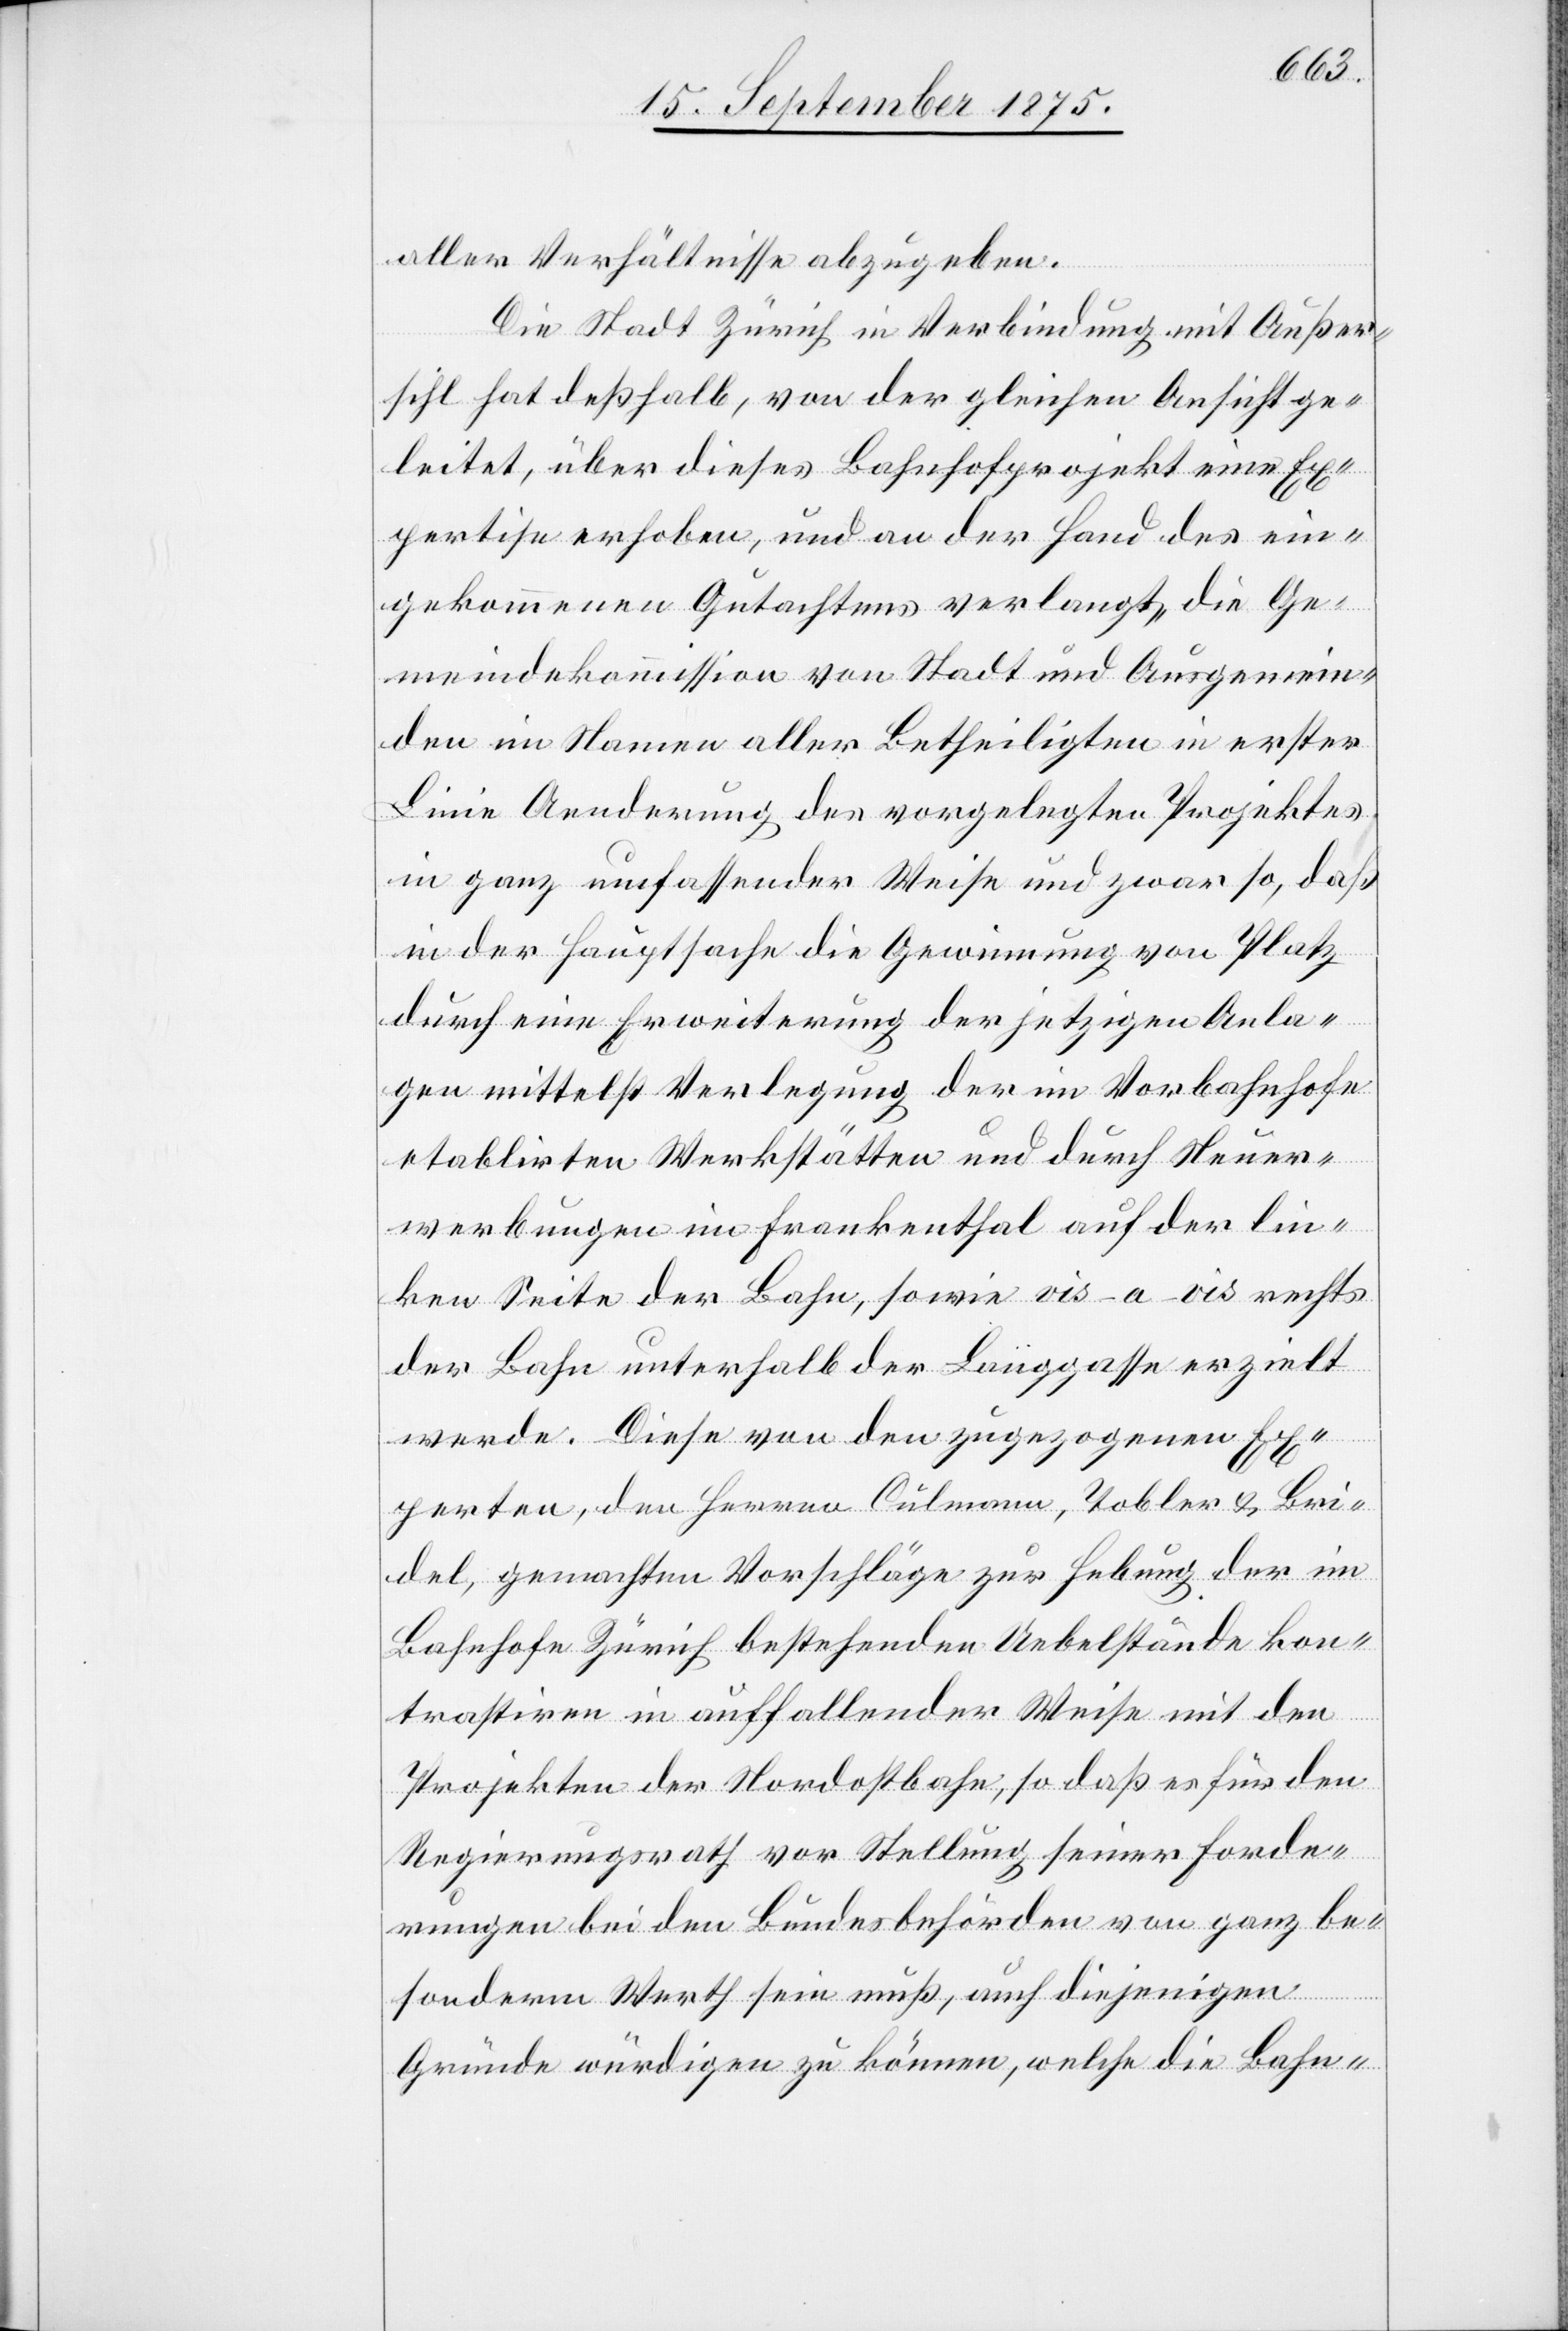
aller Verhältnisse abzugeben.
Die Stadt Zürich in Verbindung mit Außer¬
sihl hat deßhalb, von der gleichen Ansicht ge¬
leitet, über dieses Bahnhofprojekt eine Ex¬
pertise erhoben, und an der Hand des ein¬
gekommenen Gutachtens verlangt, die Ge¬
meindekommission von Stadt und Ausgemein¬
den im Namen aller Betheiligten in erster
Linie Aenderung des vorgelegten Projektes
in ganz umfassender Weise und zwar so, daß
in der Hauptsache die Gewinnung von Platz
durch eine Erweiterung der jetzigen Anla¬
gen mittelst Verlegung der im Vorbahnhofe
etablirten Werkstätten und durch Neuer¬
werbungen im Frankenthal auf der lin¬
ken Seite der Bahn, sowie vis-a-vis rechts
der Bahn unterhalb der Langgasse erzielt
werde. Diese von den zugezogenen Ex¬
perten, den Herren Culmann, Tobler & Bri¬
del, gemachten Vorschläge zur Hebung der im
Bahnhofe Zürich bestehenden Uebelstände kon¬
trastiren in auffallender Weise mit den
Projekten der Nordostbahn, so daß es für den
Regierungsrath vor Stellung seiner Forde¬
rungen bei den Bundesbehörden von ganz be¬
sonderem Werth sein muß, auch diejenigen
Gründe würdigen zu können, welche die Bahn-